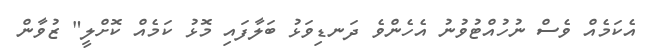
އެކަމެއް ވެސް ނުހުއްޓުވުނު އެހެންވެ ދަނޑިވަޅު ބަލާފައި މޮޅު ކަމެއް ކޮށްލީ" ޒުވާން